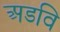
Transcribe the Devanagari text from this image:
अडवि